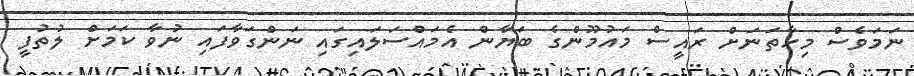
ނަމަވެސް މިހާތަނަށް ރައީސް މައުމޫންގެ ބަޔާން އެމައްސަލައިގައި ނަންގަވާފައި ނުވާ ކަމަށް ލުތުފީ